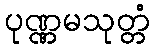
ပုဏ္ဏမသုတ္တံ